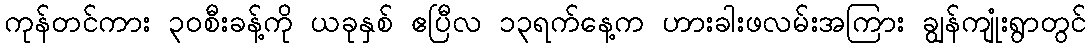
ကုန်တင်ကား ၃၀စီးခန့်ကို ယခုနှစ် ဧပြီလ ၁၃ရက်နေ့က ဟားခါးဖလမ်းအကြား ချွန်ကျုံးရွာတွင်